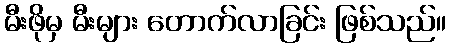
မီးဖိုမှ မီးများ တောက်လာခြင်း ဖြစ်သည်။